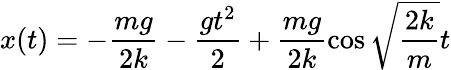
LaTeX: x(t)=-\frac{mg}{2k}-\frac{gt^{2}}{2}+\frac{mg}{2k}\cos{\sqrt{\frac{2k}{m}}t}